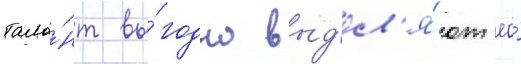
тала́нт вы́годно выд'ел'я́ют ео́